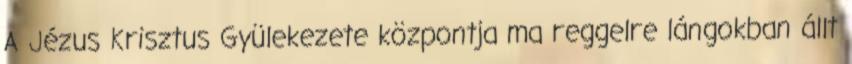
A Jézus Krisztus Gyülekezete központja ma reggelre lángokban állt